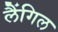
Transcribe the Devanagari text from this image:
लैंगिल